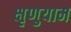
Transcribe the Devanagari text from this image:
क्षृणुयाम